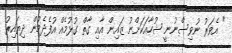
" އެވަރު ނުވިސްނުނީ ޝުހާއަކަށްނު ޒައިން އާއި ގާތް ގުޅުމެއް އުފެދެމުން ދިޔައިރު